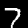
Label: 7